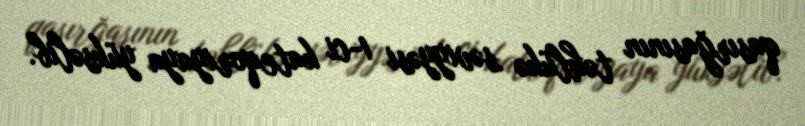
qasırğasının təhlükə səviyyəsi 1-ci kateqoriyaya yüksəlib.